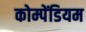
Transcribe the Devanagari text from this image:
कोम्पेंडियम